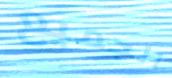
الجميع